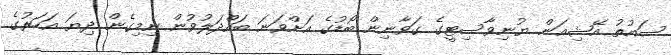
ސައުތު އޭޝިއަން ޔުނިވާސިޓީގެ ގަވާނިން ބޯޑުގެ އަށްވަނަ ބައްދަލުވުން ނިމިގެން ދިޔަ އަހަރުގެ